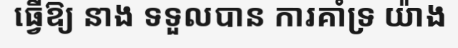
ធ្វើឱ្យ នាង ទទួលបាន ការគាំទ្រ យ៉ាង